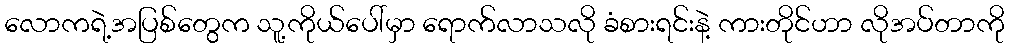
လောကရဲ့အပြစ်တွေက သူ့ကိုယ်ပေါ်မှာ ရောက်လာသလို ခံစားရင်းနဲ့ ကားတိုင်ဟာ လိုအပ်တာကို